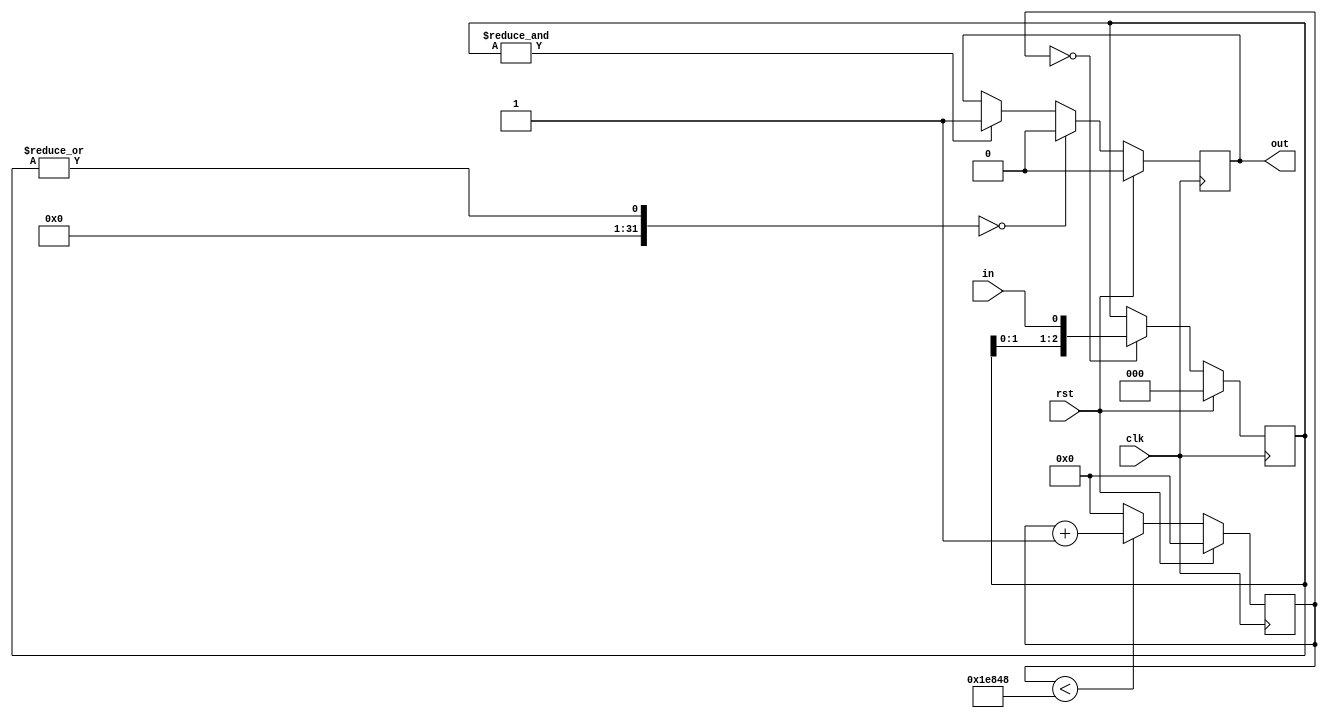
module debounce_switch  #(
    parameter WIDTH=1, // width of the input and output signals
    parameter N=3, // length of shift register
    parameter RATE=125000 // clock division factor
)(
    input wire clk,
    input wire rst,
    input wire [WIDTH-1:0] in,
    output wire [WIDTH-1:0] out
);

reg [23:0] cnt_reg = 24'd0;

reg [N-1:0] debounce_reg[WIDTH-1:0];

reg [WIDTH-1:0] state;

/*
 * The synchronized output is the state register
 */
assign out = state;

integer k;

always @(posedge clk) begin
    if (rst) begin
        cnt_reg <= 0;
        state <= 0;
        
        for (k = 0; k < WIDTH; k = k + 1) begin
            debounce_reg[k] <= 0;
        end
    end else begin
        if (cnt_reg < RATE) begin
            cnt_reg <= cnt_reg + 24'd1;
        end else begin
            cnt_reg <= 24'd0;
        end
        
        if (cnt_reg == 24'd0) begin
            for (k = 0; k < WIDTH; k = k + 1) begin
                debounce_reg[k] <= {debounce_reg[k][N-2:0], in[k]};
            end
        end
        
        for (k = 0; k < WIDTH; k = k + 1) begin
            if (|debounce_reg[k] == 0) begin
                state[k] <= 0;
            end else if (&debounce_reg[k] == 1) begin
                state[k] <= 1;
            end else begin
                state[k] <= state[k];
            end
        end
    end
end

endmodule